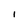
Character: 1